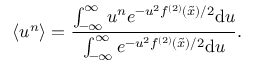
\langle u ^ { n } \rangle = \frac { \int _ { - \infty } ^ { \infty } u ^ { n } e ^ { - u ^ { 2 } f ^ { ( 2 ) } ( \tilde { x } ) / 2 } \mathrm { d } u } { \int _ { - \infty } ^ { \infty } e ^ { - u ^ { 2 } f ^ { ( 2 ) } ( \tilde { x } ) / 2 } \mathrm { d } u } .